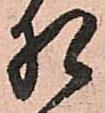
相